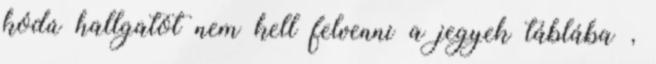
kódú hallgatót nem kell felvenni a jegyek táblába ,